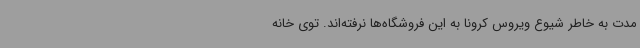
مدت به خاطر شیوع ویروس کرونا به این فروشگاه‌ها نرفته‌اند. توی خانه